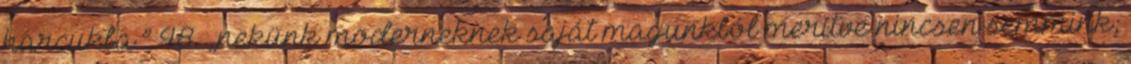
harcukba.” 48. „nekünk moderneknek saját magunkból merítve nincsen semmink;